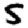
Digit: 5